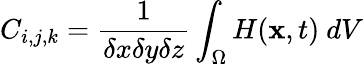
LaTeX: \begin{array}{r}{\displaystyle{C_{i,j,k}=\frac{1}{\delta x\delta y\delta z}\int_{\Omega}H(\mathbf{x},t)}\ dV}\end{array}